Vaccination Hyderabad 1890-1903 - 1890-1903
Year: 1890
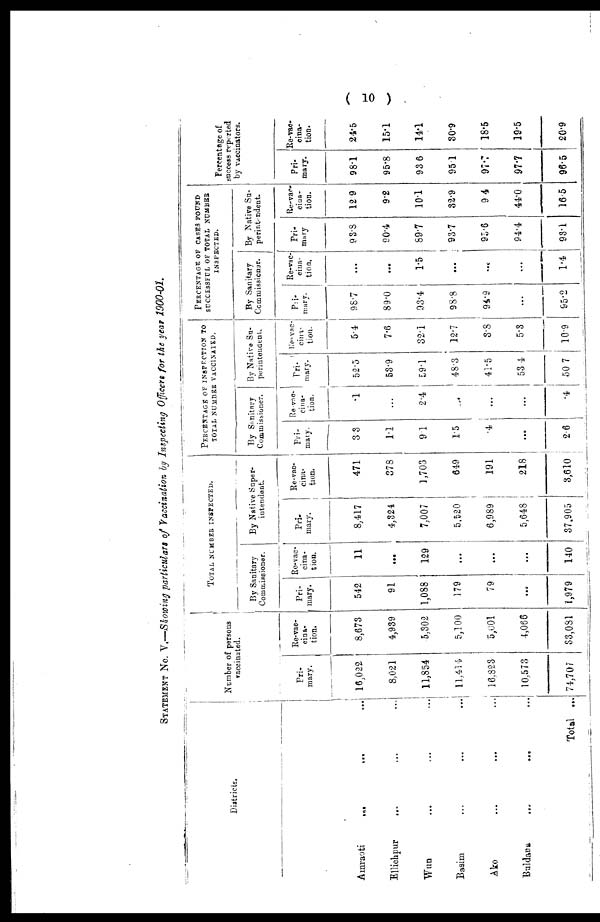
( 10 )
STATEMENT No. V.—Showing particulars of Vaccination by Inspecting Officers for the year 1900-01.
Districts.
Amraoti
...
... ...
Ellichpur ... ... ...
Wun ... ... ...
Basim ... ... ...
Ako ... ... ...
Buldana ... ... ...
Total ...
Number of persons
vaccinated.
Pri-
mary.
16,022
8,021
11,854
11,414
16,823
10,573
74,707
Re-vac¬
cina-
tion.
8,673
4,939
5,302
5,100
5,001
4,066
83,081
TOTAL NUMBER INSPECTED.
By Sanitary
Commissioner.
Pri-
mary.
542
91
1,088
179
79
...
1,979
Re-vac-
cina-
tion.
11
...
129
...
...
...
140
By Native Super-
intendent.
Pri-
mary.
8,417
4,824
7,007
5,520
6,989
5,648
37,905
Re-vac¬
cina¬
tion.
471
378
1,703
649
191
218
8,610
PERCENTAGE OF INSPECTION TO
TOTAL NUMBER VACCINATED.
By Sanitary
Commissioner.
Pri-
mary.
3.3
1.1
9.1
1.5
.4
...
2.6
Re-vac¬
cina¬
tion.
.1
...
2.4
...
...
...
.4
By Native Su-
perintendent.
Pri¬
mary.
52.5
53.9
59.1
48.3
41.5
53.4
50.7
Re-vac-
cina-
tion.
5.4
7.6
32.1
12.7
3.8
5.3
10.9
PERCENTAGE OF CASES FOUND
SUCCESSFUL OF TOTAL NUMBER
INSPECTED.
By Sanitary
Commissioner.
Pri¬
mary.
98.7
89.0
93.4
98.8
94.9
...
95.2
Re-vac-
cina-
tion.
...
...
1.5
...
...
...
1.4
By Native Su-
perintendent.
Pri-
mary
93.8
90.4
89.7
93.7
95.6
94.4
93.1
Re-var¬
cina¬
tion.
12.9
9.2
10.1
32.9
9.4
44.0
165
Percentage of
success reported
by vaccinators.
Pri¬
mary.
98.1
95.8
93.6
95.1
97.7
97.7
96.5
Re-vac-
cina-
tion.
24.5
15.1
14.1
30.9
18.5
19.5
20.9